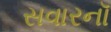
સવારનૉ